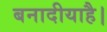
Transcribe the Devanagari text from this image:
बनादीयाहै।